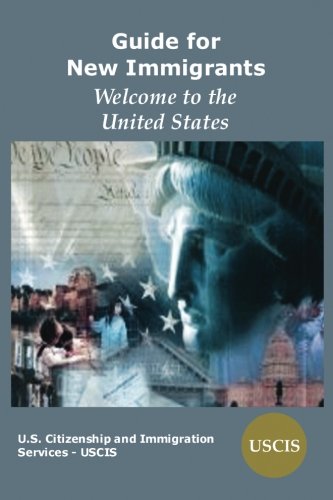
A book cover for Guide for New Immigrants: Welcome to the United States; U.S. Citizenship and Immigration Services; Test Preparation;